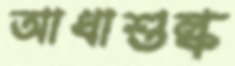
আধাশুল্ক